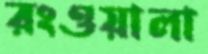
রংওয়ালা